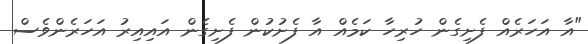
"އާ އަހަރެއް ފެށިގެން ހުރިހާ ކަމެއް އާ ފެށުކުން ފެށިގެން އައިއިރު އަހަރެންވެސް